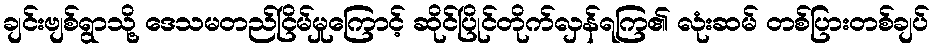
ချင်းဗျစ်ရွာသို့ ဒေသမတည်ငြိမ်မှုကြောင့် ဆိုင်ပြိုင်တိုက်လှန်ရကြ၏ လုံးဆမ် တစ်ပြားတစ်ချပ်